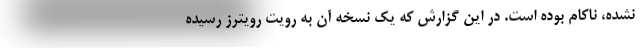
نشده، ناکام بوده است. در این گزارش که یک نسخه آن به رویت رویترز رسیده